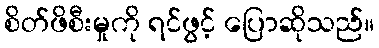
စိတ်ဖိစီးမှုကို ရင်ဖွင့် ပြောဆိုသည်။